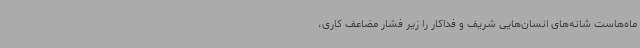
ماه‌هاست شانه‌های انسان‌هایی شریف و فداکار را زیر فشار مضاعف کاری،